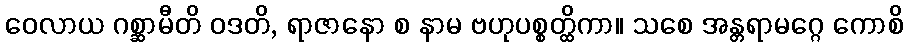
ဝေလာယ ဂစ္ဆာမီတိ ဝဒတိ, ရာဇာနော စ နာမ ဗဟုပစ္စတ္ထိကာ။ သစေ အန္တရာမဂ္ဂေ ကောစိ